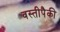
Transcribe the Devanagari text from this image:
वस्तीपैकी